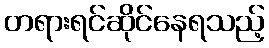
တရားရင်ဆိုင်နေရသည့်